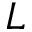
\boldsymbol { L }